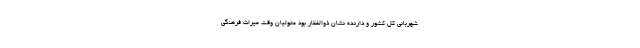
شهربانی کل کشور و دارنده نشان ذوالفقار بود متولیان وقت میراث فرهنگی